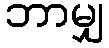
ဘာမျှ